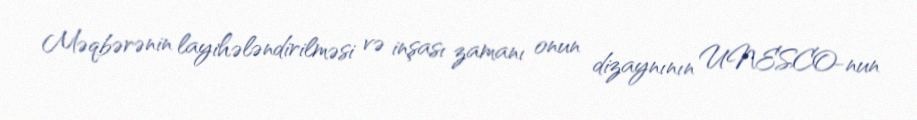
Məqbərənin layihələndirilməsi və inşası zamanı onun dizaynının UNESCO-nun